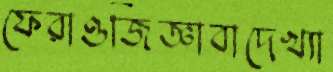
ফেরাওজিজ্ঞাবাদেখ্যা